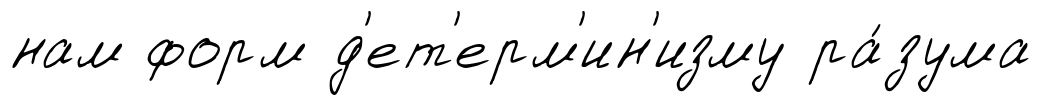
нам форм д'ет'ерм'ин'изму ра́зума